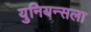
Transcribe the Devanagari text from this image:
युनियन्सला